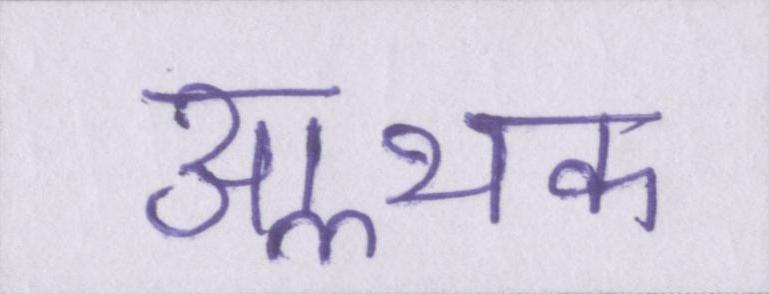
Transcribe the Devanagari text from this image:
आॢथक